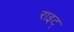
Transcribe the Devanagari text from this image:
राइट्‍